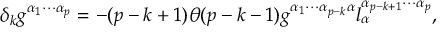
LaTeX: \delta _ { k } g ^ { \alpha _ { 1 } \cdots \alpha _ { p } } = - ( p - k + 1 ) \theta ( p - k - 1 ) g ^ { \alpha _ { 1 } \cdots \alpha _ { p - k } \alpha } l _ { \alpha } ^ { \alpha _ { p - k + 1 } \cdots \alpha _ { p } } ,